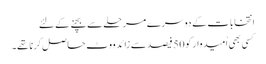
انتخابات کے دوسرے مرحلے سے بچنے کے لئے
کسی بھی اُمیدوار کو 50 فیصد سے زائد ووٹ حاصل کرنا تھے۔